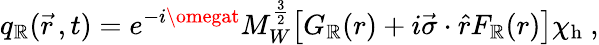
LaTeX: q_{\mathbb{R}}(\vec{{r}}\, ,t)=e^{-i\omegat}M_{W}^{\frac{{3}}{{2}}}\bigl[G_{\mathbb{R}}(r)+i\vec{{\sigma}}\cdot\hat{{r}}F_{\mathbb{R}}(r)\bigr]\chi_{\mathrm{{h}}}\ ,